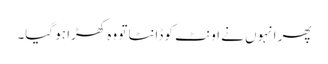
پھر انہوں نے اونٹ کو ڈانٹا تو وہ کھڑا ہو گیا۔